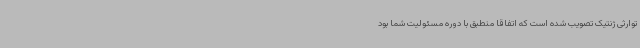
توارثی ژنتیک تصویب شده است که اتفاقا منطبق با دوره مسئولیت شما بود